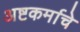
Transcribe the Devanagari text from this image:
अष्टकर्माचे